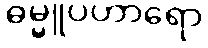
ဓမ္မူပဟာရော